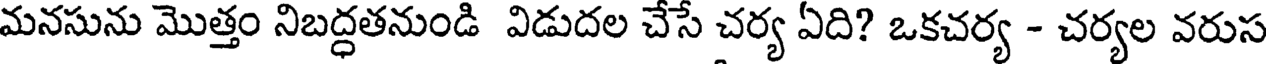
మనసును మొత్తం నిబద్ధతనుండి విడుదల చేసే చర్య ఏది? ఒకచర్య - చర్యల వరుస